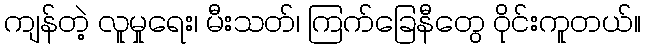
ကျန်တဲ့ လူမှုရေး၊ မီးသတ်၊ ကြက်ခြေနီတွေ ဝိုင်းကူတယ်။